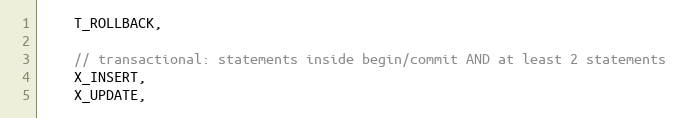
Language: C
    T_ROLLBACK,

    // transactional: statements inside begin/commit AND at least 2 statements
    X_INSERT,
    X_UPDATE,